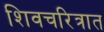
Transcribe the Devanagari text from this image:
शिवचरित्रात